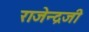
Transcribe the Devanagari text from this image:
राजेन्द्रजी